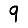
Digit: 9